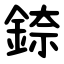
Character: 錼